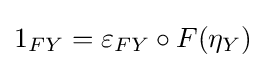
1_{FY}=\varepsilon _{FY}\circ F(\eta _{Y})